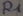
Text: R1